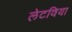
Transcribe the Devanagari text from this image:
लेटविया